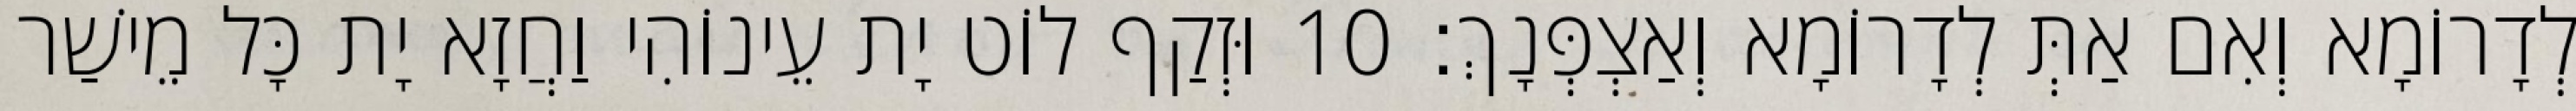
לְדָרוֹמָא וְאִם אַתְּ לְדָרוֹמָא וְאַצְפְּנָךְ׃ 10 וּזְקַף לוֹט יָת עֵינוֹהִי וַחֲזָא יָת כָּל מֵישַׁר